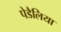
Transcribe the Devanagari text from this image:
पेडैलिया